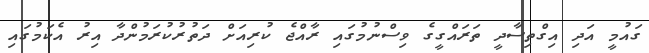
ގައުމީ އަދި އިގްތިސާދީ ތަރައްގީގެ ވިސްނުމުގައި ރާއްޖެ ކުރިއަށް ދަތުރުކުރަމުންދާ އިރު އެކަމުގައި